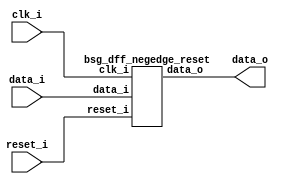


module top
(
  clk_i,
  reset_i,
  data_i,
  data_o
);

  input [15:0] data_i;
  output [15:0] data_o;
  input clk_i;
  input reset_i;

  bsg_dff_negedge_reset
  wrapper
  (
    .data_i(data_i),
    .data_o(data_o),
    .clk_i(clk_i),
    .reset_i(reset_i)
  );


endmodule



module bsg_dff_negedge_reset
(
  clk_i,
  reset_i,
  data_i,
  data_o
);

  input [15:0] data_i;
  output [15:0] data_o;
  input clk_i;
  input reset_i;
  wire N0,N1,N2,N3,N4,N5,N6,N7,N8,N9,N10,N11,N12,N13,N14,N15,N16,N17,N18,N19;
  reg [15:0] data_o;
  assign { N19, N18, N17, N16, N15, N14, N13, N12, N11, N10, N9, N8, N7, N6, N5, N4 } = (N0)? { 1'b0, 1'b0, 1'b0, 1'b0, 1'b0, 1'b0, 1'b0, 1'b0, 1'b0, 1'b0, 1'b0, 1'b0, 1'b0, 1'b0, 1'b0, 1'b0 } : 
                                                                                        (N1)? data_i : 1'b0;
  assign N0 = reset_i;
  assign N1 = N3;
  assign N2 = ~clk_i;
  assign N3 = ~reset_i;

  always @(posedge N2) begin
    if(1'b1) begin
      { data_o[15:0] } <= { N19, N18, N17, N16, N15, N14, N13, N12, N11, N10, N9, N8, N7, N6, N5, N4 };
    end 
  end


endmodule